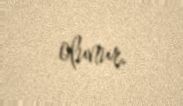
olunur.